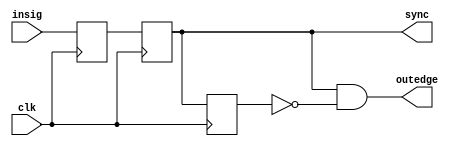
module sig_edge(
    input clk, 
    input insig,  //
    output sync,  //
    output outedge  //
);
    reg in_reg_0;
    reg in_reg_1;
    reg in_reg_2;
    always @(posedge clk) begin
        in_reg_0 <= insig;
        in_reg_1 <= in_reg_0;
        in_reg_2 <= in_reg_1;
    end
    assign sync = in_reg_1;
    assign outedge = in_reg_1 & ~in_reg_2;
endmodule